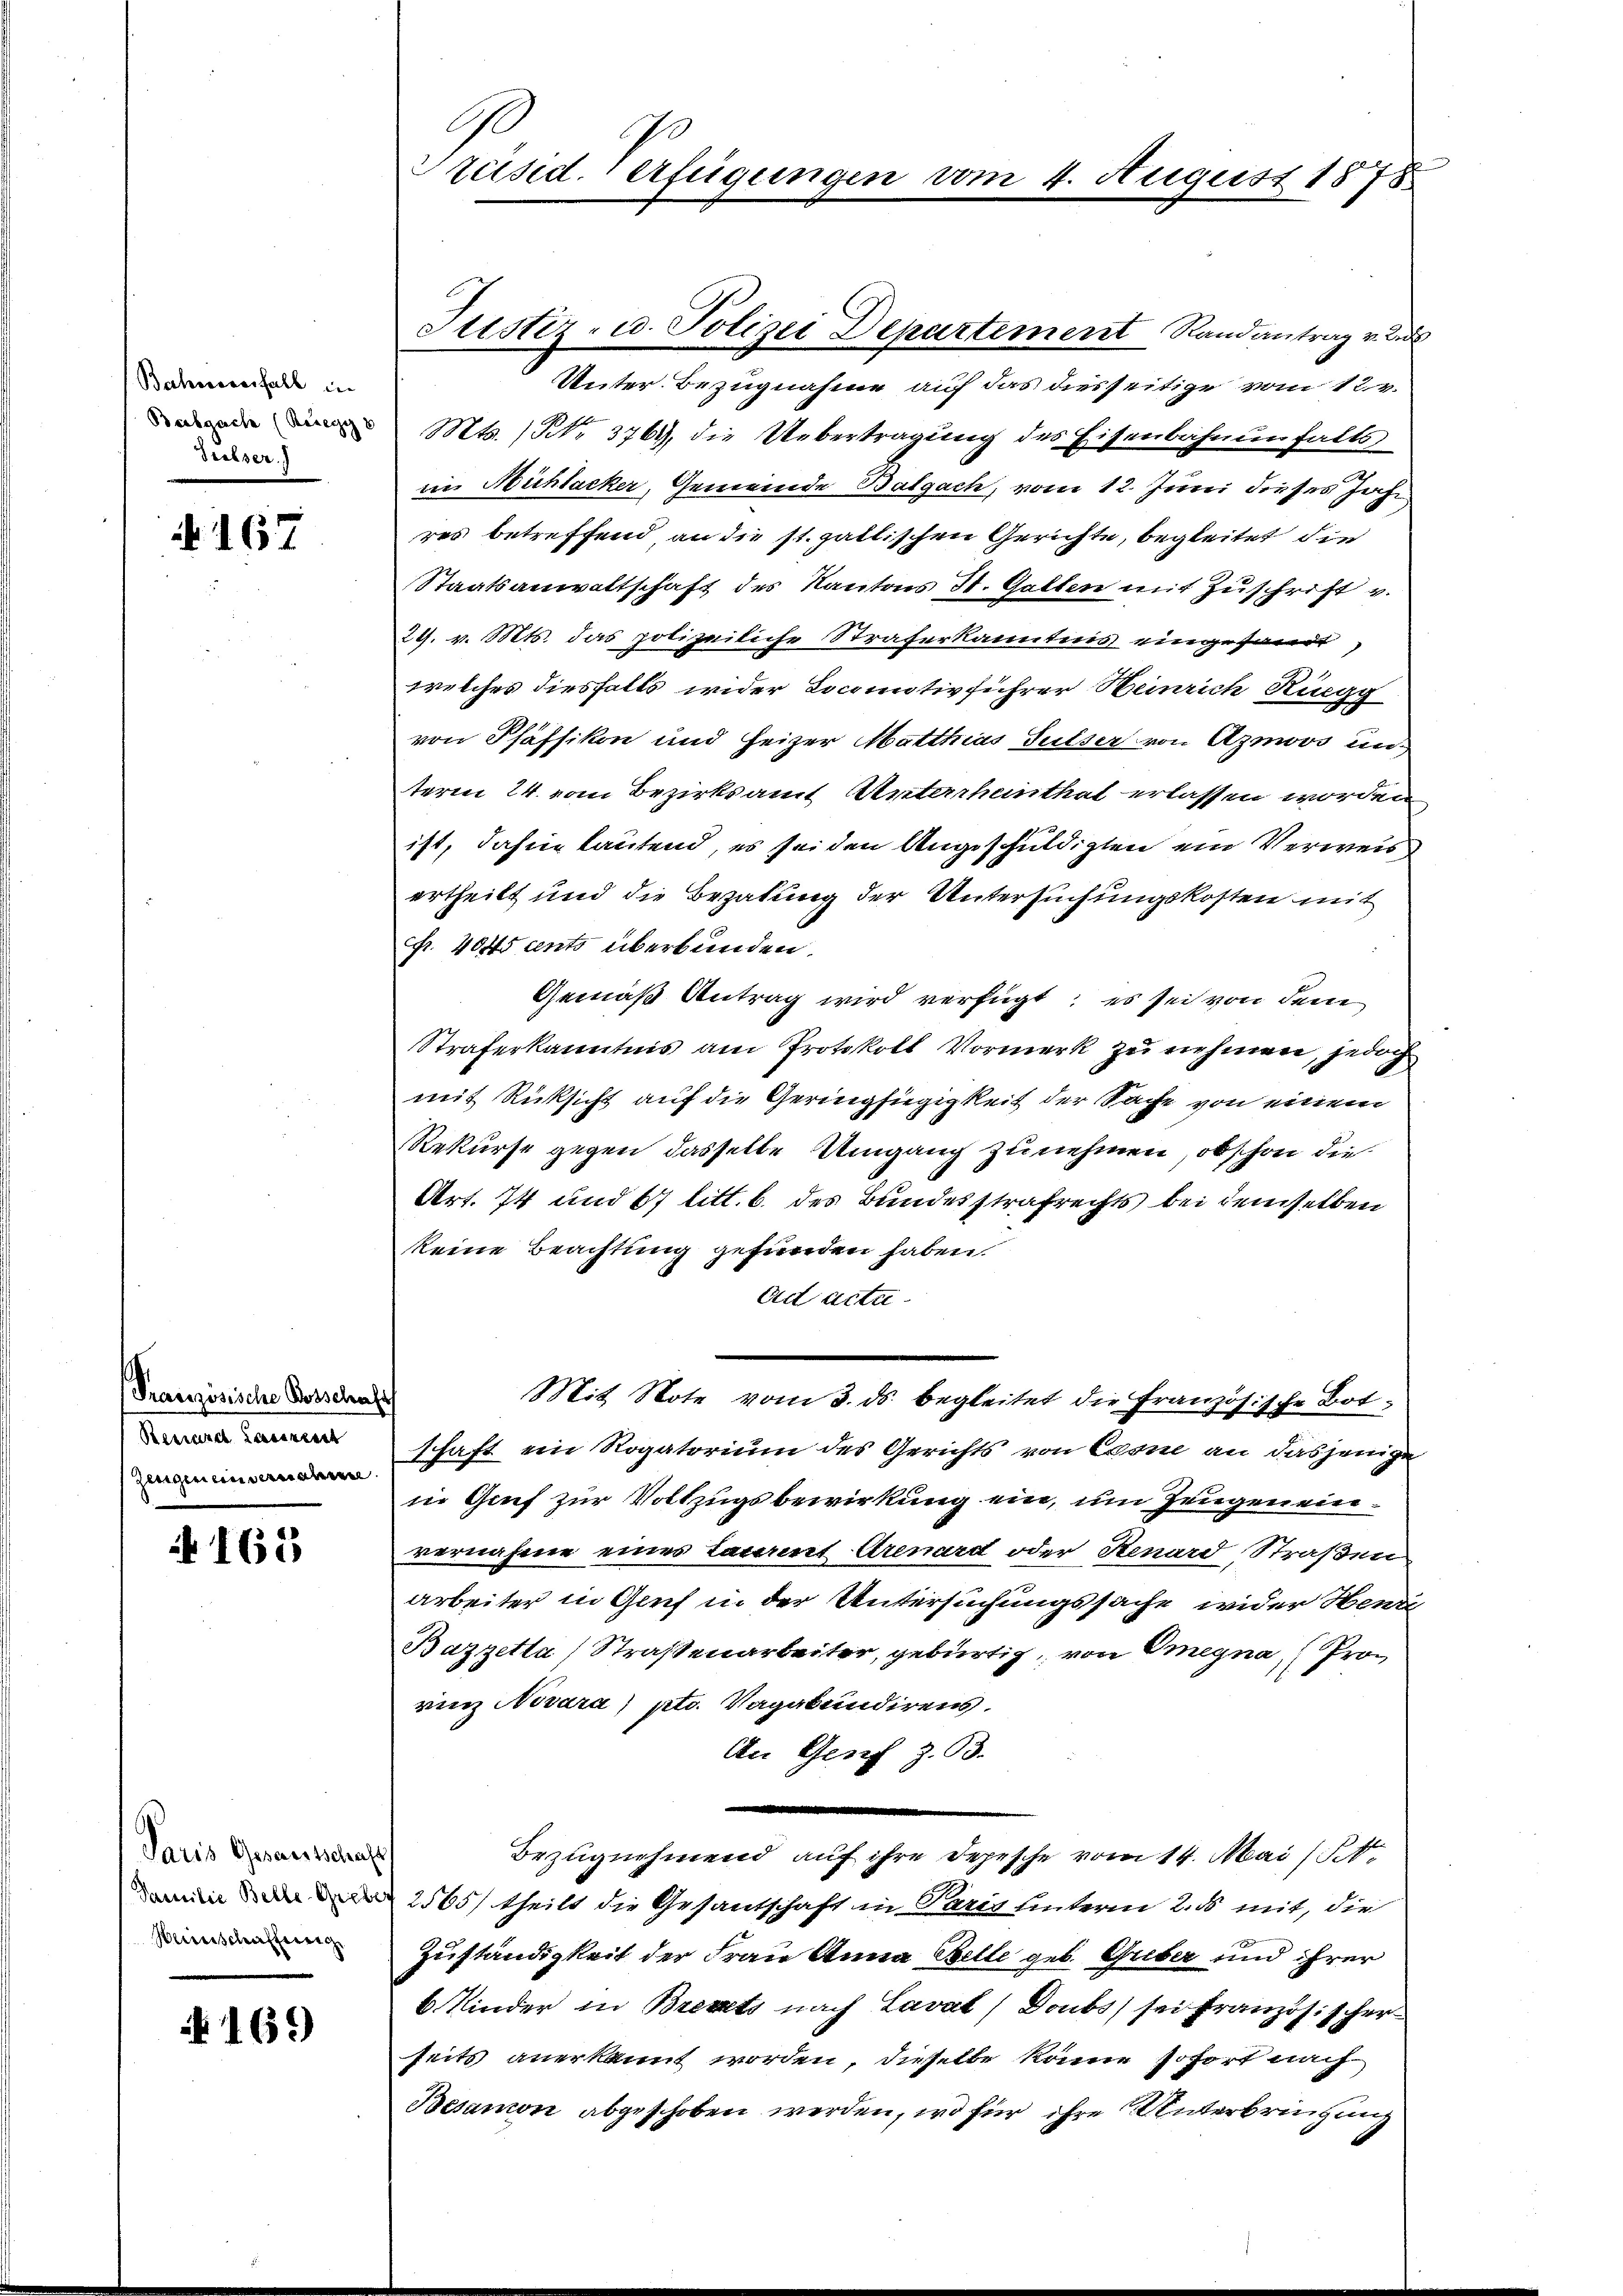
Bahresverfall in
Diebser.

N 167

(Französische Bosschaft
Berrard Lassrent
Zerigeneinvernahmen

165

Paris Gesandtschaft
Herinschaffeeng

N 165

G
Präsid. Verfügungen

Unter Bezugnahme auf das diesseitige vom 12. v.
Mts. 1 No. 3761, die Uebertragung des Eisenbahnenfalls
in Nichlacker, Gemeinde Balgach, vom 12. Juni dieses Jahr
res betreffend, an die st. gattischen Gerichte, begleitet die
Staatsanwaltschaft des Kantons St. Gallen mit Zuschrift v.
29. v. Mts. das polizeiliche Straferkanntnis eingesandt,
welches diesfalls wider Locaintivführer Heinrich Ringg
von Pfäffikon und Heizer Matthias Sulser von Azmoos un
term 24. vom Bezirksamt Unterrheinthat erlassen worden,
ist, dahin lautend, es sei den Angeschuldigten ein Verweis
ertheilt und die Bezahung der Untersuchungskosten mit
Fr. 4045 cents überbunden.
Gemäß Antrag wird verfügt, es sei von dem
Straferkanntnis am Protokoll Vormerk zu nehmen, jedoch
mit Rücksicht auf die Geringsiegigkeit der Sache von einem
Rekurse gegen dasselbe Umgang zu nehmen, obschon die¬
Art. 74 und 67 litt. b. des Bundesstrafrechts bei demselben
keine Beachtung gefunden haben.
ad acta
Mit Note vom 3. ds. begleitet die Französische Botschaft ein Rogatorium des Gerichts von Crone an dasjenige
in Genf zur Vollzugsbewirkung ein, um Zeugen einvernahme eines Taumet Arenard oder Stenard Straßen
arbeiter in Genf in der Untersuchungssache wider Hend
Bazzetta Straßenarbeiter, gebürtig, von Omegna, (Prorinz Nevara) ptr. Vagabundirens.
An Genf z. B.
Bezugnehmend auf ihre Depesche vom 14. Mai (St.
nd 2565/ theilt die Gesantschaft in Paris unterm 2. ds. mit, die
Zuständigkeit der Frau Anna Belle geb. Guber und ihrer
6. Kinder in Brevets nach Lavat Doubs) sei französischer
seits anerkannt worden, dieselbe könne sofort nach
Besamon abgeschoben werden, wo für ihre Unterbringung

Justiz- u. Polizei Departement Randantrag v. L

August 1878